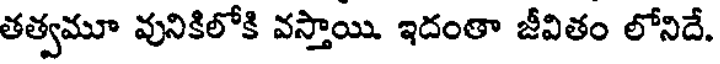
తత్వమూ వునికిలోకి వస్తాయి. ఇదంతా జీవితం లోనిదే.